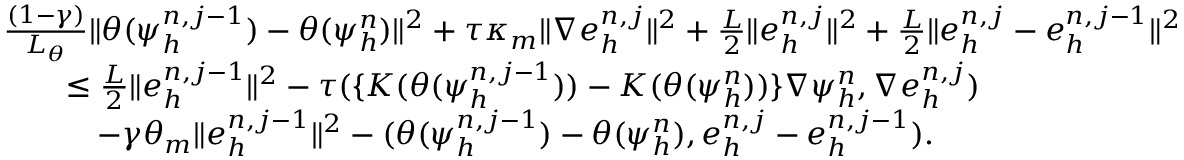
\begin{array} { r l } & { \frac { ( 1 - \gamma ) } { L _ { \theta } } \| \theta ( \psi _ { h } ^ { n , j - 1 } ) - \theta ( \psi _ { h } ^ { n } ) \| ^ { 2 } + \tau \kappa _ { m } \| \nabla e _ { h } ^ { n , j } \| ^ { 2 } + \frac { L } { 2 } \| e _ { h } ^ { n , j } \| ^ { 2 } + \frac { L } { 2 } \| e _ { h } ^ { n , j } - e _ { h } ^ { n , j - 1 } \| ^ { 2 } } \\ & { \quad \quad \leq \frac { L } { 2 } \| e _ { h } ^ { n , j - 1 } \| ^ { 2 } - \tau ( \{ K ( \theta ( \psi _ { h } ^ { n , j - 1 } ) ) - K ( \theta ( \psi _ { h } ^ { n } ) ) \} \nabla \psi _ { h } ^ { n } , \nabla e _ { h } ^ { n , j } ) } \\ & { \quad \quad \quad - \gamma \theta _ { m } \| e _ { h } ^ { n , j - 1 } \| ^ { 2 } - ( \theta ( \psi _ { h } ^ { n , j - 1 } ) - \theta ( \psi _ { h } ^ { n } ) , e _ { h } ^ { n , j } - e _ { h } ^ { n , j - 1 } ) . } \end{array}